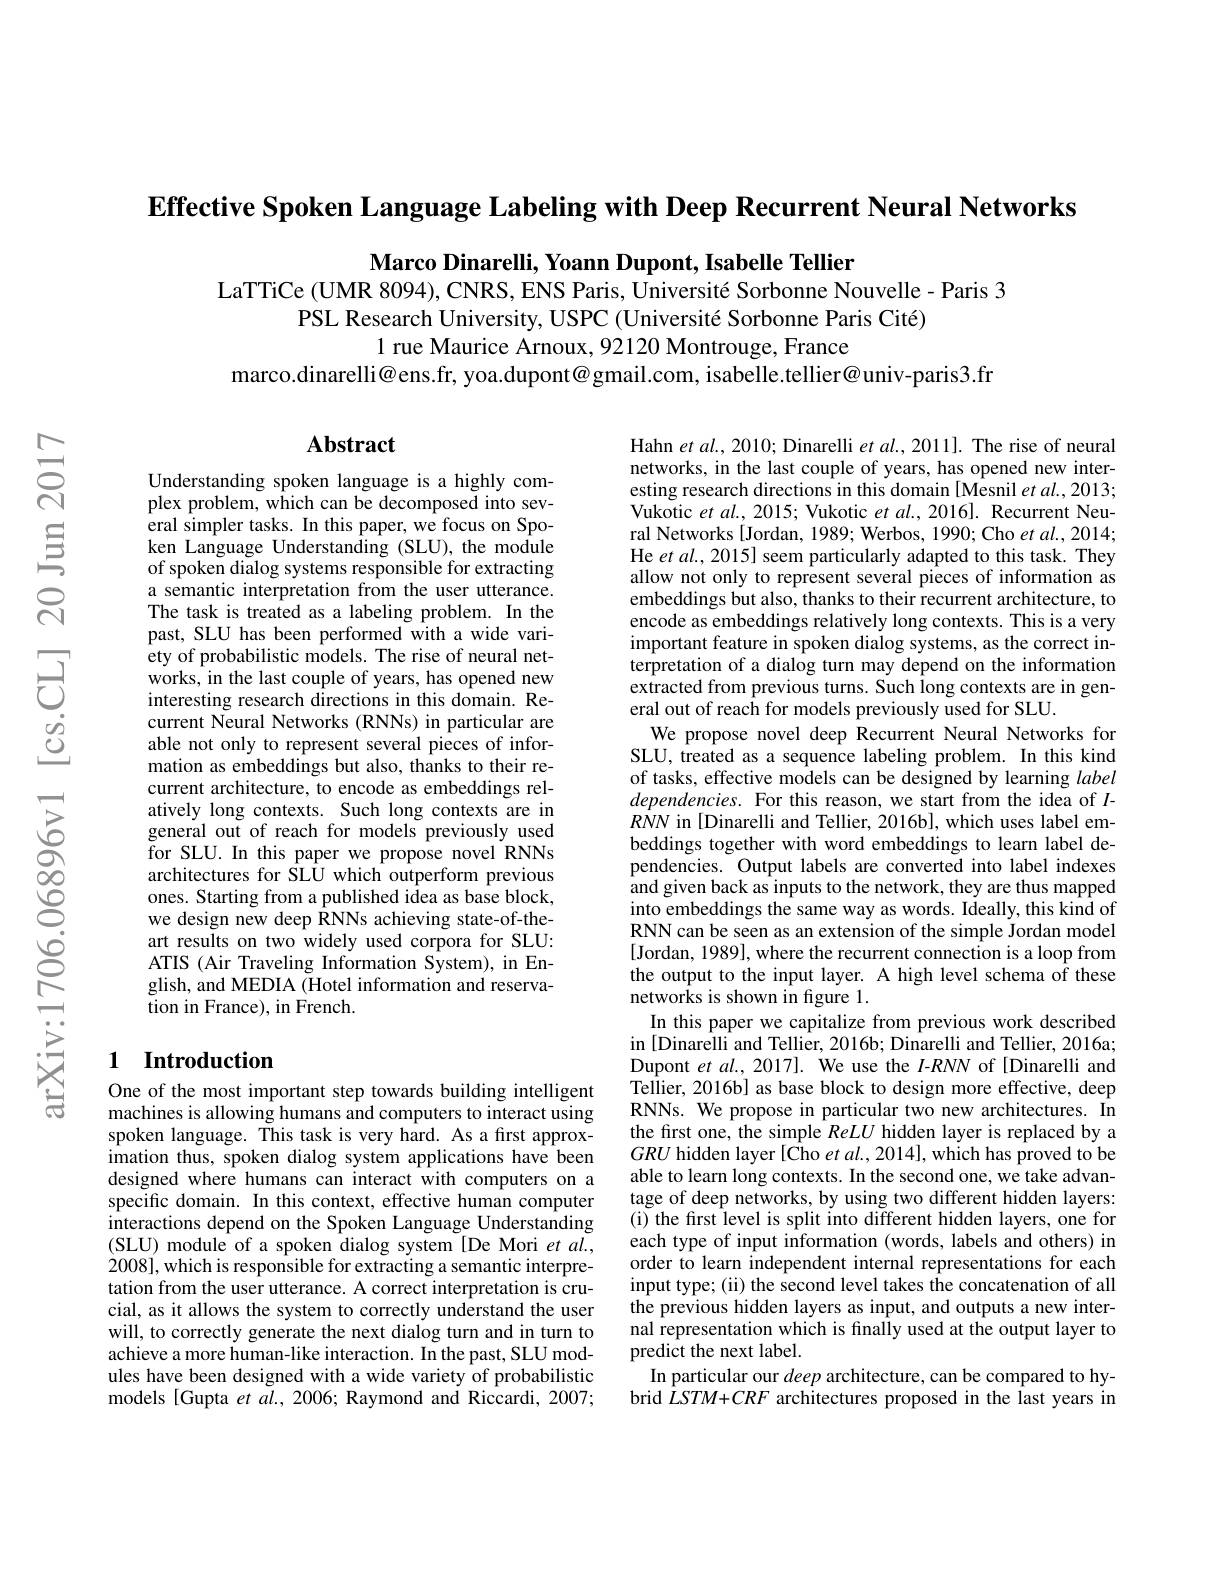
Effective Spoken Language Labeling with Deep Recurrent Neural Networks

Marco Dinarelli, Yoann Dupont, Isabelle Tellier
LaTTiCe (UMR 8094), CNRS, ENS Paris, Université Sorbonne Nouvelle- Paris 3
PSL Research University, USPC (Université Sorbonne Paris Cité)
1 rue Maurice Arnoux, 92120 Montrouge, France
marco.dinarelli@ens.fr, yoa.dupont@gmail.com, isabelle.tellier@univ-paris3.fr

## $\mathbf{Abstract}$

Understanding spoken language is a highly complex problem, which can be decomposed into several simpler tasks. In this paper, we focus on Spoken Language Understanding (SLU), the module of spoken dialog systems responsible for extracting a semantic interpretation from the user utterance. The task is treated as a labeling problem. In the past, SLU has been performed with a wide variety of probabilistic models. The rise of neural networks, in the last couple of years, has opened new interesting research directions in this domain. Recurrent Neural Networks (RNNs) in particular are able not only to represent several pieces of information as embeddings but also, thanks to their recurrent architecture, to encode as embeddings relatively long contexts. Such long contexts are in general out of reach for models previously used ${\mathrm{~for~SLU.~In~this~paper~we~propose~novel~RNNs}}$ architectures for SLÛ which outperform previous ones. Starting from a published idea as base block, we design new deep RNNs achieving state-of-theart results on two widely used corpora for SLU: ATIS (Air Traveling Information System), in English, and MEDIA (Hotel information and reservation in France), in French.

Hahn et $al.,2010;$ Dinarelli $etal.,2011].$ The rise of neural networks, in the last couple of years, has opened new interesting research directions in this domain [Mesnil et al., 2013; Vukotic $etal.,2015;$ Vukotic et $al.,2016].$ Recurrent Neural Networks [Jordan, 1989; Werbos, 1990; Cho $et\textit{al. , 2014; }$ He et al., 2015] seem particularly adapted to this task. They allow not only to represent several pieces of information as embeddings but also, thanks to their recurrent architecture, to encode as embeddings relatively long contexts. This is a very important feature in spoken dialog systems, as the correct interpretation of a dialog turn may depend on the information extracted from previous turns. Such long contexts are in general out of reach for models previously used for SLU
We propose novel deep Recurrent Neural Networks for SLU, treated as a sequence labeling problem. In this kind of tasks, effective models can be designed by learning label dependencies. For this reason, we start from the idea of $I$- $RNN$ in [Dinarelli and Tellier, 2016b], which uses label embeddings together with word embeddings to learn label dependencies. Output labels are converted into label indexes and given back as inputs to the network, they are thus mapped into embeddings the same way as words. Ideally, this kind of RNN can be seen as an extension of the simple Jordan model [Jordan, 1989], where the recurrent connection is a loop from the output to the input layer. A high level schema of these networks is shown in figure 1.
In this paper we capitalize from previous work described in [Dinarelli and Tellier, 2016b; Dinarelli and Tellier, 2016a; Dupont et al., 2017]. We use the $I$-$RNN$ of [Dinarelli and Tellier, 2016b] as base block to design more effective, deep RNNs. We propose in particular two new architectures. In the frst one, the simple ReLU hidden layer is replaced by a $GRU$ hidden layer [Cho et al., 2014], which has proved to be able to learn long contexts. In the second one, we take advantage of deep networks, by using two different hidden layers: (i) the first level is split into different hidden layers, one for each type of input information (words, labels and others) in order to learn independent internal representations for each input type; (ii) the second level takes the concatenation of all the previous hidden layers as input, and outputs a new internal representation which is finally used at the output layer to predict the next label.
In particular our deep architecture, can be compared to hybrid $LSTM+CRF$ architectures proposed in the last years in

## 1 Introduction

One of the most important step towards building intelligent machines is allowing humans and computers to interact using spoken language. This task is very hard. As a first approximation thus, spoken dialog system applications have been designed where humans can interact with computers on a specific domain. In this context, effective human computer interactions depend on the Spoken Language Understanding (SLU) module of a spoken dialog system [De Mori et $al.$, 2008l, which is responsible for extracting a semantic interpretation from the user utterance. A correct interpretation is crucial, as it allows the system to correctly understand the user will, to correctly generate the next dialog turn and in turn to achieve a more human-like interaction. In the past, SLU modules have been designed with a wide variety of probabilistic models [Gupta et al., 2006; Raymond and Riccardi, 2007;